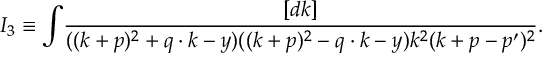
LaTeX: I _ { 3 } \equiv \int \! \frac { [ d k ] } { ( ( k + p ) ^ { 2 } + q \cdot k - y ) ( ( k + p ) ^ { 2 } - q \cdot k - y ) k ^ { 2 } ( k + p - p ^ { \prime } ) ^ { 2 } } .